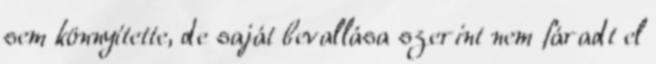
sem könnyítette, de saját bevallása szerint nem fáradt el